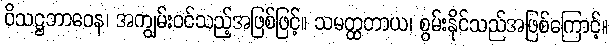
ဝိသဋ္ဌဘာဝေန၊ အကျွမ်းဝင်သည့်အဖြစ်ဖြင့်။ သမတ္ထတာယ၊ စွမ်းနိုင်သည်အဖြစ်ကြောင့်။